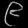
Digit: ၉